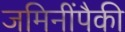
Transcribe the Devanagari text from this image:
जमिनींपैकी